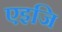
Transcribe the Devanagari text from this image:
एइजि